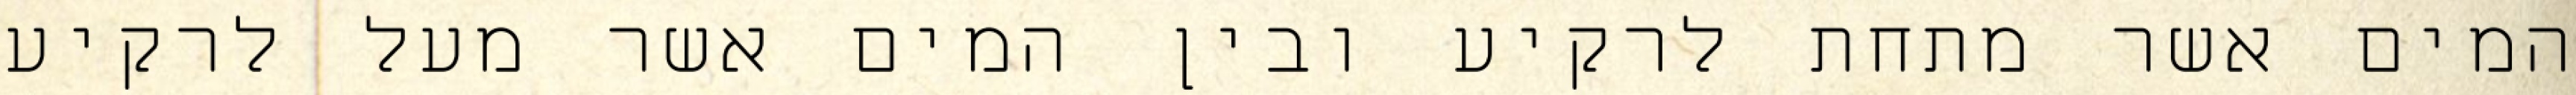
המים אשר מתחת לרקיע ובין המים אשר מעל לרקיע